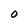
Character: O